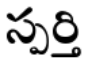
స్పర్తి